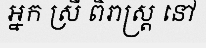
អ្នក ស្រី ពិរាស្ត្រ នៅ